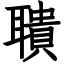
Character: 聵